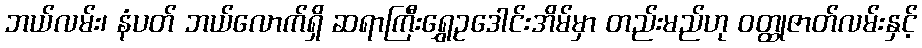
ဘယ်လမ်း၊ နံပတ် ဘယ်လောက်ရှိ ဆရာကြီးရွှေဥဒေါင်းအိမ်မှာ တည်းမည်ဟု ဝတ္ထုဇာတ်လမ်းနှင့်